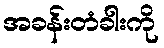
အခန်းတံခါးကို